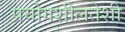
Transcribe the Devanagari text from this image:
प्रयोगशीलतेशी